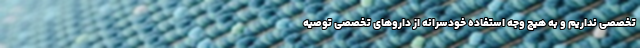
تخصصی نداریم و به هیچ وجه استفاده خودسرانه از داروهای تخصصی توصیه